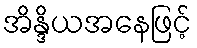
အိန္ဒိယအနေဖြင့်